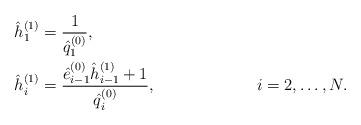
LaTeX: \begin{align*} &\hat{h}_{1}^{( 1 )} = \displaystyle \frac{1 }{\hat{q}_{1}^{( 0 )}}, & & \\ &\hat{h}_{i}^{( 1 )} = \displaystyle \frac{\hat{e}_{i - 1}^{( 0 )} \hat{h}_{i - 1}^{( 1 )} + 1}{\hat{q}_{i}^{( 0 )}}, & &i = 2, \dots , N. \end{align*}